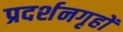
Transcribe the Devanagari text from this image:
प्रदर्शनगृहों